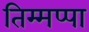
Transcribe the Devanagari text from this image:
तिम्मप्पा